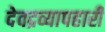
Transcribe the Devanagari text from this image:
देवद्रव्यापहारी